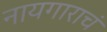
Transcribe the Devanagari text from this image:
नायगाराचं